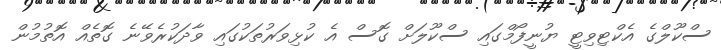
ސްކޫލްގެ އެކްޓިވިޓީ ޔުނީފޯމްގައި ސްކޫލަށް ގޮސް އެ ކުޅިވަރުތަކުގައި ވާދަކުރެވޭނެ ގޮތެއް އޮތުމުން